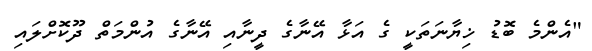
"އެންމެ ބޮޑު ޚިޔާނަތަކީ ގެ އަޅާ އޭނާގެ ދީނާއި އޭނާގެ އުންމަތް ދޫކޮށްލައި